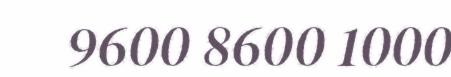
9600 8600 1000